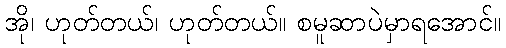
အို၊ ဟုတ်တယ်၊ ဟုတ်တယ်။ စမူဆာပဲမှာရအောင်။